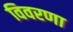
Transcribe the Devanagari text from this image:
विवरणा